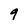
Character: 9